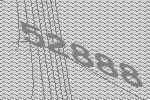
52888